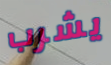
يشرب